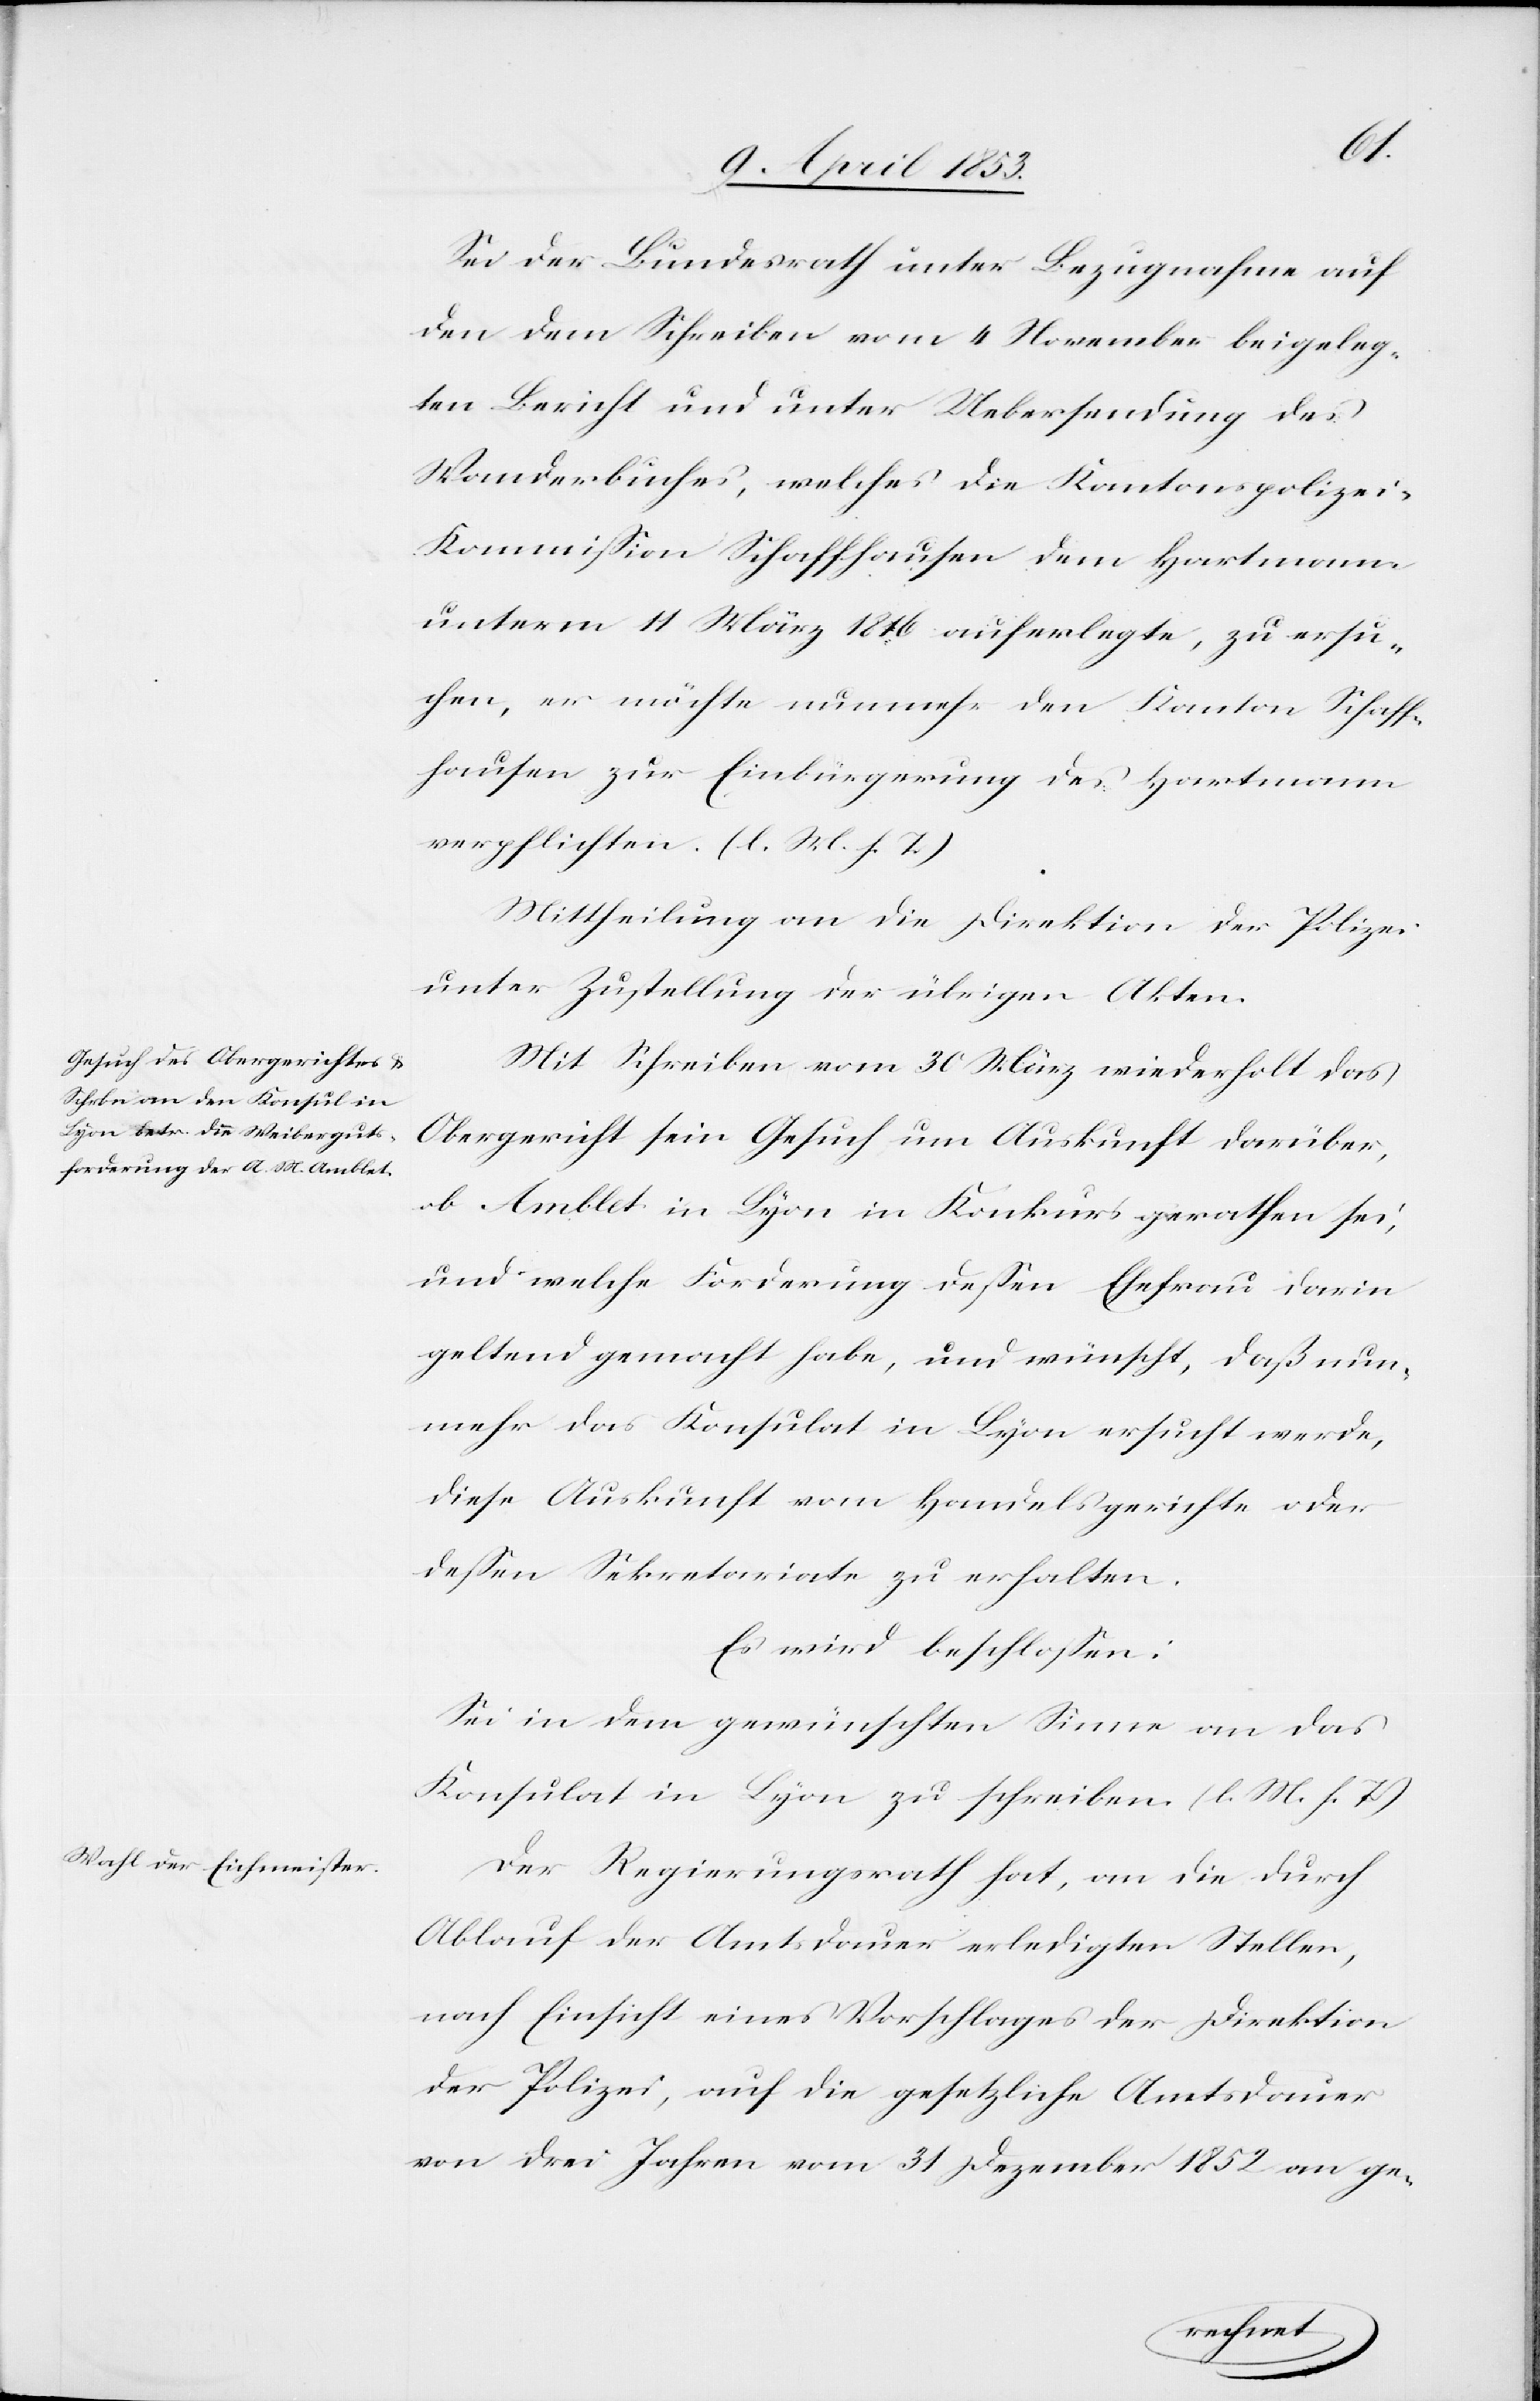
Sei der Bundesrath unter Bezugnahme auf
den dem Schreiben vom 4 November beigeleg¬
ten Bericht und unter Uebersendung des
Wanderbuches, welches die Kantonspolizei-K¬
ommißion Schaffhausen dem Hartmann
unterm 14 März 1846 auferlegte, zu ersu¬
chen, er möchte nunmehr den Kanton Schaff¬
hausen zur Einbürgerung des Hartmann
verpflichten. [l. M. h. T]
Mittheilung an die Direktion der Polizei
unter Zustellung der übrigen Akten.
Mit Schreiben vom 30 März wiederholt das
Obergericht sein Gesuch um Auskunft darüber,
ob Amblet in Lyon in Konkurs gerathen sei,
und welche Forderung deßen Ehefrau darin
geltend gemacht habe, und wünscht, daß nun¬
mehr das Konsulat in Lyon ersucht werde,
diese Auskunft vom Handelsgerichte oder
deßen Sekretariate zu erhalten.
Es wird beschloßen:
Sei in dem gewünschten Sinne an das
Konsulat in Lyon zu schreiben. [l. M. h. T]
Der Regierungsrath hat, an die durch
Ablauf der Amtsdauer erledigten Stellen,
nach Einsicht eines Vorschlages der Direktion
der Polizei, auf die gesetzliche Amtsdauer
von drei Jahren vom 31 Dezember1852 an ge-